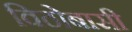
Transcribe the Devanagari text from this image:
विठोबासी